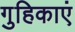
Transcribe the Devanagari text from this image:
गुहिकाएं